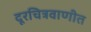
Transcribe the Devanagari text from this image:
दूरचित्रवाणीत